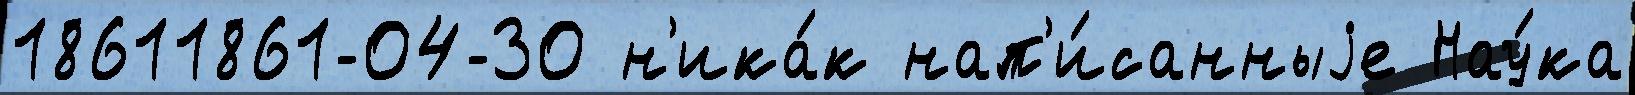
18611861-04-30 н'ика́к нап'и́санныjе Нау́ка